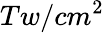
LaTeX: Tw/cm^{2}